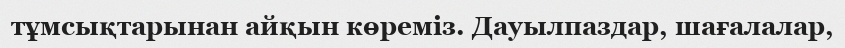
тұмсықтарынан айқын көреміз. Дауылпаздар, шағалалар,